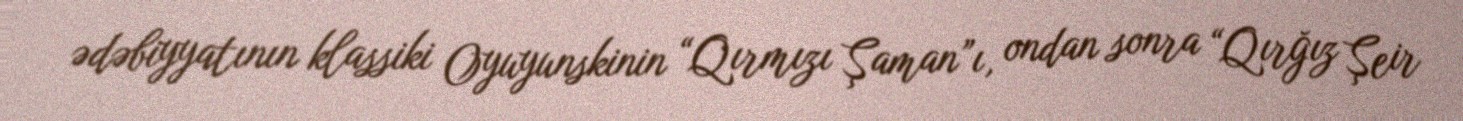
ədəbiyyatının klassiki Oyuyunskinin “Qırmızı Şaman”ı, ondan sonra “Qırğız Şeir